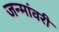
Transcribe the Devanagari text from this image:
जन्मांवरी